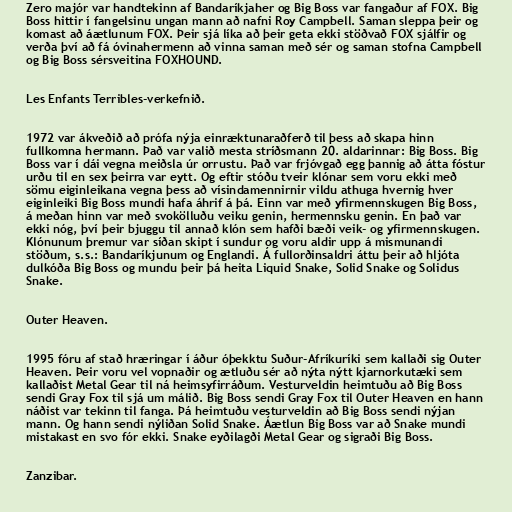
Zero majór var handtekinn af Bandaríkjaher og Big Boss var fangaður af FOX. Big
Boss hittir í fangelsinu ungan mann að nafni Roy Campbell. Saman sleppa þeir og
komast að áætlunum FOX. Þeir sjá líka að þeir geta ekki stöðvað FOX sjálfir og
verða því að fá óvinahermenn að vinna saman með sér og saman stofna Campbell
og Big Boss sérsveitina FOXHOUND.

Les Enfants Terribles-verkefnið.

1972 var ákveðið að prófa nýja einræktunaraðferð til þess að skapa hinn
fullkomna hermann. Það var valið mesta stríðsmann 20. aldarinnar: Big Boss. Big
Boss var í dái vegna meiðsla úr orrustu. Það var frjóvgað egg þannig að átta fóstur
urðu til en sex þeirra var eytt. Og eftir stóðu tveir klónar sem voru ekki með
sömu eiginleikana vegna þess að vísindamennirnir vildu athuga hvernig hver
eiginleiki Big Boss mundi hafa áhrif á þá. Einn var með yfirmennskugen Big Boss,
á meðan hinn var með svokölluðu veiku genin, hermennsku genin. En það var
ekki nóg, því þeir bjuggu til annað klón sem hafði bæði veik- og yfirmennskugen.
Klónunum þremur var síðan skipt í sundur og voru aldir upp á mismunandi
stöðum, s.s.: Bandaríkjunum og Englandi. Á fullorðinsaldri áttu þeir að hljóta
dulkóða Big Boss og mundu þeir þá heita Liquid Snake, Solid Snake og Solidus
Snake.

Outer Heaven.

1995 fóru af stað hræringar í áður óþekktu Suður-Afríkuríki sem kallaði sig Outer
Heaven. Þeir voru vel vopnaðir og ætluðu sér að nýta nýtt kjarnorkutæki sem
kallaðist Metal Gear til ná heimsyfirráðum. Vesturveldin heimtuðu að Big Boss
sendi Gray Fox til sjá um málið. Big Boss sendi Gray Fox til Outer Heaven en hann
náðist var tekinn til fanga. Þá heimtuðu vesturveldin að Big Boss sendi nýjan
mann. Og hann sendi nýliðan Solid Snake. Áætlun Big Boss var að Snake mundi
mistakast en svo fór ekki. Snake eyðilagði Metal Gear og sigraði Big Boss.

Zanzibar.